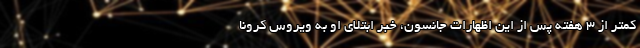
کمتر از 3 هفته پس از این اظهارات جانسون، خبر ابتلای او به ویروس کرونا